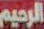
الرحيم